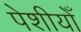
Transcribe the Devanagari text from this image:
पेशीयोँ